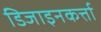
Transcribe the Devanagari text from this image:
डिजाइनकर्त्ता